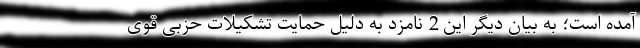
آمده است؛ به بیان دیگر این 2 نامزد به دلیل حمایت تشکیلات حزبی قوی